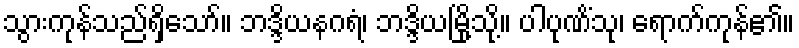
သွားကုန်သည်ရှိသော်။ ဘဒ္ဒိယနဂရံ၊ ဘဒ္ဒိယမြို့သို့။ ပါပုဏိံသု၊ ရောက်ကုန်၏။